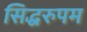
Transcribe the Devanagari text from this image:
सिद्धरुपम